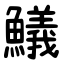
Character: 䲑